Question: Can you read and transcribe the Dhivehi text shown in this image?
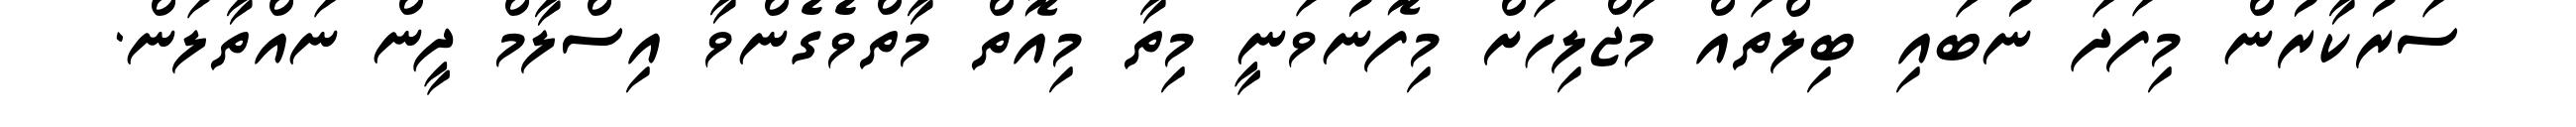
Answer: ސަރުކާރުން މިފަދަ ނުބައި ބިލްތައް މަޖްލިހަށް މިފޮނުވަނީ މިތާ މިއޮތް މާތްވެގެންވާ އިސްލާމް ދީން ނައްތާލަން.